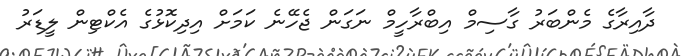
ދާއިރާގެ މެންބަރު ގާސިމް އިބްރާހީމް ނަގަން ޖެހޭނެ ކަމަށް އިދިކޮޅުގެ އެކްޓިން ލީޑަރު